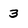
Character: 3